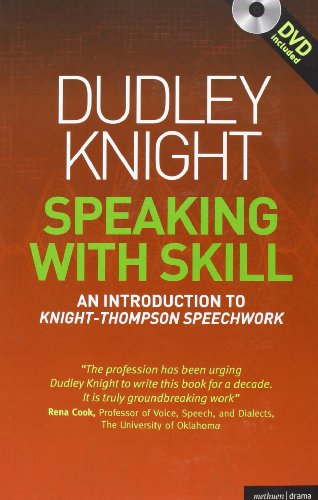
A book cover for Speaking With Skill: A Skills Based Approach to Speech Training (Methuen Drama Modern Plays); Dudley Knight; Reference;